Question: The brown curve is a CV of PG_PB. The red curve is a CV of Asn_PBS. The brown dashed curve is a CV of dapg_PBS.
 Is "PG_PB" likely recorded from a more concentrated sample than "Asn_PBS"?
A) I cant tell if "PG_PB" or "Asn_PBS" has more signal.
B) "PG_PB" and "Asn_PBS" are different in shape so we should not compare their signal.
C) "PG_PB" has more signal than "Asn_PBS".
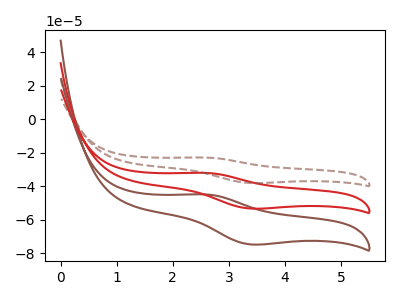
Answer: <think>The brown curve "PG_PB" has an anodic peak at (2.60V, -44.85uA) and a cathodic peak at (3.40V, -74.65uA). The red curve "Asn_PBS" has an anodic peak at (2.60V, -32.00uA) and a cathodic peak at (3.40V, -53.25uA). The brown dashed curve "dapg_PBS" has an anodic peak at (2.60V, -63.95uA) and a cathodic peak at (3.40V, -106.50uA).
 All the peaks in "PG_PB" have a peak in "Asn_PBS" at the same potential.</think>
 <answer>A) I cant tell if "PG_PB" or "Asn_PBS" has more signal.</answer>
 <eval>A</eval>